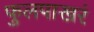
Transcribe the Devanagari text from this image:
फुलपाखरं